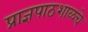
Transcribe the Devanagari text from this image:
प्राज्ञपाठशाळचे